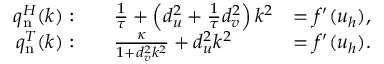
{ \begin{array} { r l r } { q _ { \mathrm { n } } ^ { H } ( k ) : } & { \quad { \frac { 1 } { \tau } } + \left( d _ { u } ^ { 2 } + { \frac { 1 } { \tau } } d _ { v } ^ { 2 } \right) k ^ { 2 } } & { = f ^ { \prime } ( u _ { h } ) , } \\ { q _ { \mathrm { n } } ^ { T } ( k ) : } & { \quad { \frac { \kappa } { 1 + d _ { v } ^ { 2 } k ^ { 2 } } } + d _ { u } ^ { 2 } k ^ { 2 } } & { = f ^ { \prime } ( u _ { h } ) . } \end{array} }